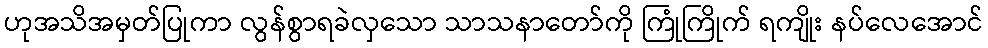
ဟုအသိအမှတ်ပြုကာ လွန်စွာရခဲလှသော သာသနာတော်ကို ကြုံကြိုက် ရကျိုး နပ်လေအောင်